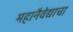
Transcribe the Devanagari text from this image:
महानैवेद्याचा